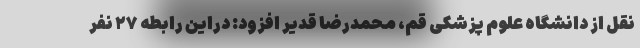
نقل از دانشگاه علوم پزشکی قم، محمدرضا قدیر افزود: دراین رابطه ۲۷ نفر